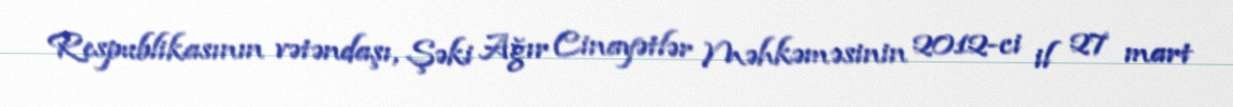
Respublikasının vətəndaşı, Şəki Ağır Cinayətlər Məhkəməsinin 2012-ci il 27 mart